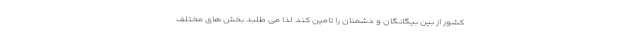
کشور از بین بیگانگان و دشمنان را تامین کند لذا می طلبد بخش های مختلف